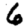
Digit: 6